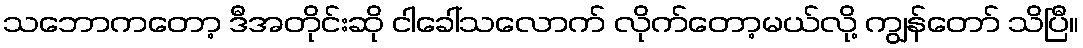
သဘောကတော့ ဒီအတိုင်းဆို ငါခေါ်သလောက် လိုက်တော့မယ်လို့ ကျွန်တော် သိပြီ။